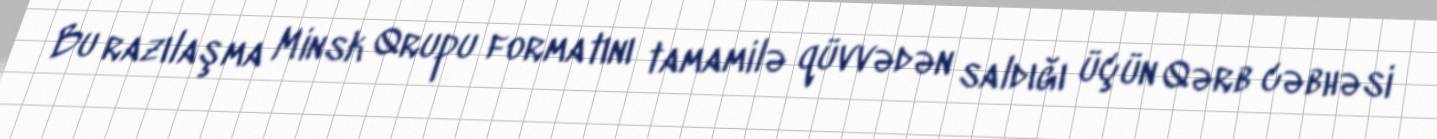
Bu razılaşma Minsk Qrupu formatını tamamilə qüvvədən saldığı üçün Qərb cəbhəsi